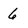
Character: 6